Lock hospitals Punjab
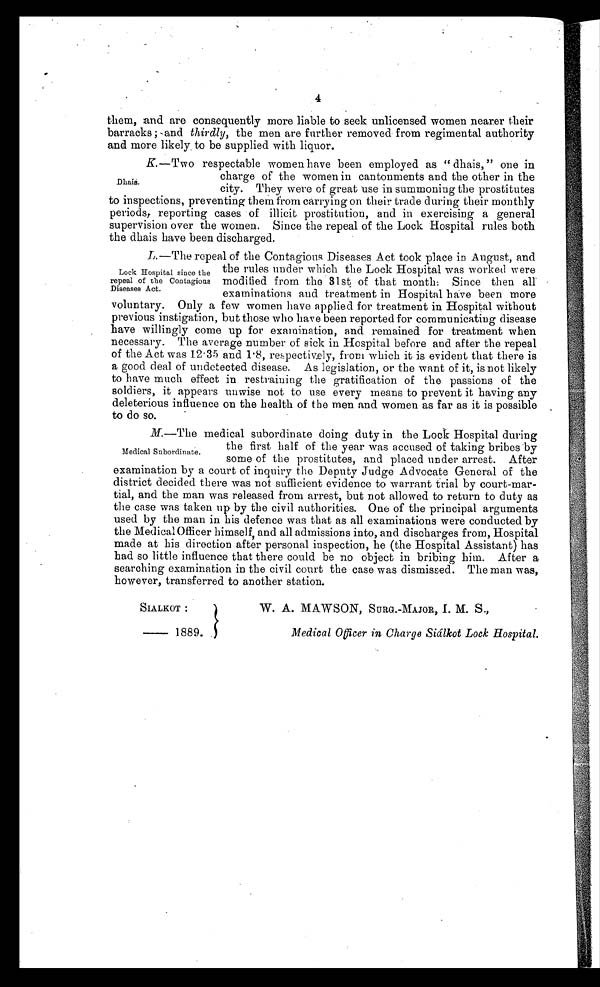
4
them, and are consequently more liable to seek unlicensed women nearer their
barracks ; and thirdly, the men are further removed from regimental authority
and more likely, to be supplied with liquor.
K.—Two respectable women have been employed as "dhais, " one in
charge of the women in cantonments and the other in the
city. They were of great use in summoning the prostitutes
to inspections, preventing them from carrying on their trade during their monthly
periods, reporting cases of illicit prostitution, and in exercising a general
supervision over the women. Since the repeal of the Lock Hospital rules both
the dhais have been discharged.
L.—The repeal of the Contagious Diseases Act took place in August, and
the rules under which the Lock Hospital was worked were
modified from the 31st of that month; Since then all
examinations and treatment in Hospital have been more
voluntary. Only a few women have applied for treatment in Hospital without
previous instigation, but those who have been reported for communicating disease
have willingly come up for examination, and remained for treatment when
necessary. The average number of sick in Hospital before and after the repeal
of the Act was 12.35 and 1.8, respectively, from which it is evident that there is
a good deal of undetected disease. As legislation, or the want of it, is not likely
to have much effect in restraining the gratification of the passions of the
soldiers, it appears unwise not to use every means to prevent it having any
deleterious influence on the health of the men and women as far as it is possible
to do so.
M.—The medical subordinate doing duty in the Lock Hospital during
the first half of the year was accused of taking bribes by
some of the prostitutes, and placed under arrest. After
examination by a court of inquiry the Deputy Judge Advocate General of the
district decided there was not sufficient evidence to warrant trial by court-mar-
tial, and the man was released from arrest, but not allowed to return to duty as
the case was taken up by the civil authorities. One of the principal arguments
used by the man in his defence was that as all examinations were conducted by
the Medical Officer himself, and all admissions into, and discharges from, Hospital
made at his direction after personal inspection, he (the Hospital Assistant) has
had so little influence that there could be no object in bribing him. After a
searching examination in the civil court the case was dismissed. The man was,
however, transferred to another station.
Dhais.
Lock Hospital since the
repeal of the Contagions
Diseases Act.
Medical Subordinate.
SIALKOT :
— 1 8 8 9
.
W. A. MAWSON, SURG.-MAJOR., I. M. S.,
Medical Officer in Charge Siálkot Lock Hospital.